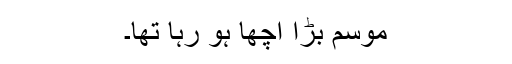
موسم بڑا اچھا ہو رہا تھا۔